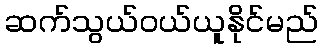
ဆက်သွယ်ဝယ်ယူနိုင်မည်